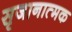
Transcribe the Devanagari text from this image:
सृजानात्मक